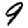
Digit: 9